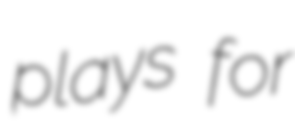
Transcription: plays for